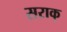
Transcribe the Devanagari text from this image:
सराक्